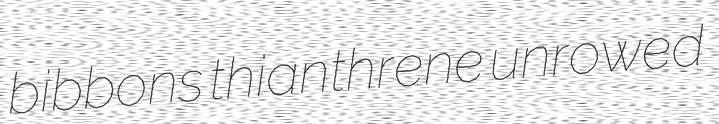
bibbons thianthrene unrowed